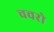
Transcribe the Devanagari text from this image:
चचरो